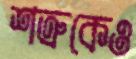
শত্রুকেও